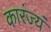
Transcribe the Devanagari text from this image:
कारंज्यं